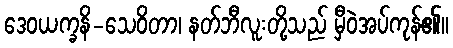
ဒေဝယက္ခနိ-သေဝိတာ၊ နတ်ဘီလူးတို့သည် မှီဝဲအပ်ကုန်၏။